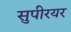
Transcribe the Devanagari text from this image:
सुपीरयर